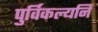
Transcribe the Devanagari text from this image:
पुर्विकल्यनि